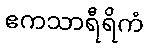
ဧကသာရီရိကံ